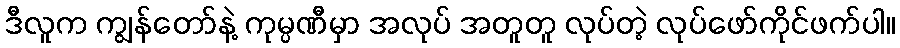
ဒီလူက ကျွန်တော်နဲ့ ကုမ္ပဏီမှာ အလုပ် အတူတူ လုပ်တဲ့ လုပ်ဖော်ကိုင်ဖက်ပါ။